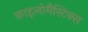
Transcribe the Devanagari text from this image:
काइलोमैस्टिक्स